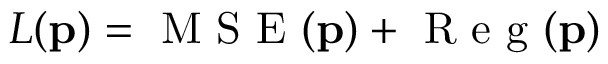
L ( \mathbf { p } ) = \mathrm { ~ M ~ S ~ E ~ } ( \mathbf { p } ) + \mathrm { ~ R ~ e ~ g ~ } ( \mathbf { p } )